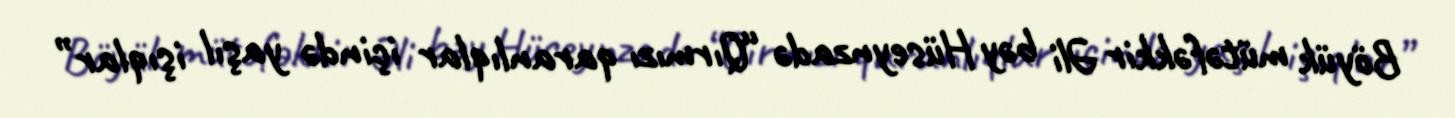
Böyük mütəfəkkir Əli bəy Hüseynzadə “Qırmızı qaranlıqlar içində yaşıl işıqlar”